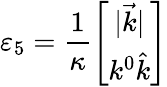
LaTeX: \varepsilon_{5}=\frac{1}{\kappa}\left[\begin{array}{c}{{|\vec{k}|}}\\ {{k^{0}\hat{k}}}\end{array}\right]